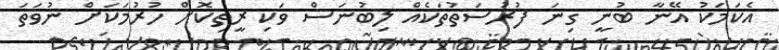
އެކަމަކު އޭނާ ބުނީ ގިނަ ފުރުސަތުތަކެއް ލިބުނަސް ވަކި ރީތިކޮށް ހުރުމަކަށް ނުވަތަ